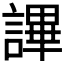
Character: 𧫤